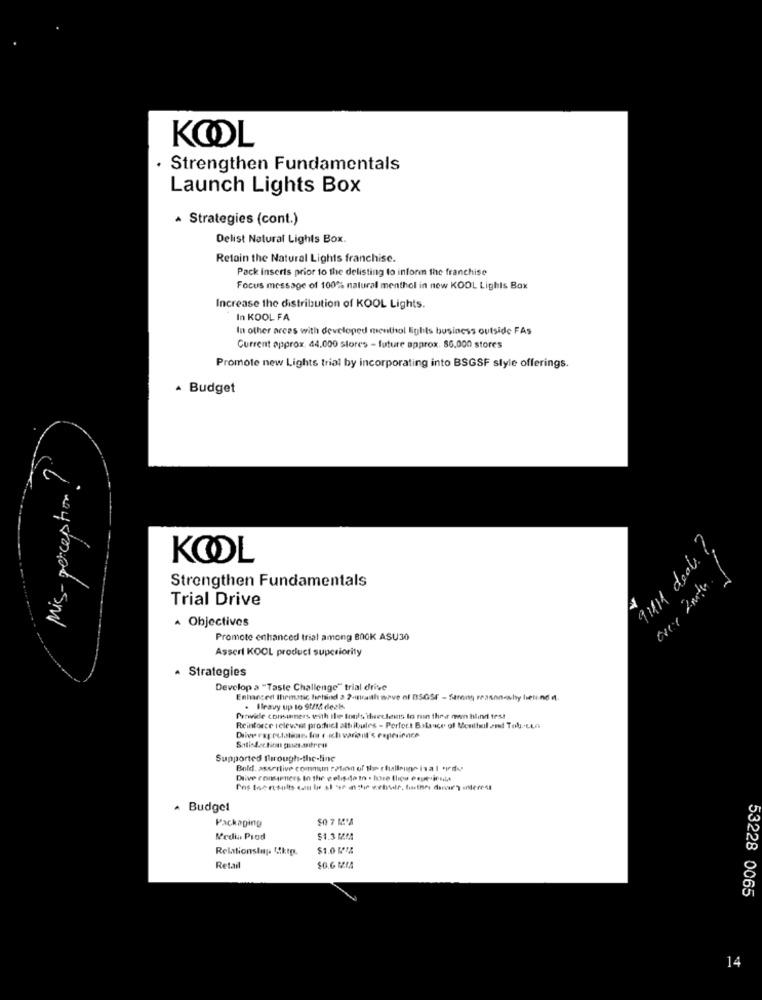
KOOL
· Strengthen Fundamentals
Launch Lights Box
Strategies (cont.)
Delist Natural Lights Box.
Retain the Natural Lights franchise.
Pack inserts prior to the delisting to inform the franchise
Focus message of 100% natural menthol in new KOOL Lights Box
Increase the distribution of KOOL Lights.
In KOOL FA
In other areas with developed menthol lights business outside FAs
Current approx. 44.000 Stores - future approx. 86,000 stores
Promote new Lights trial by incorporating into BSGSF style offerings.
· Budget
Mis-perception !
911 deal !.
KOOL
Strengthen Fundamentals
Trial Drive
A Objectives
Promote enhanced trial among BOCK ASU30
Assert KOOL product superiority
· Strategies
Develop a "Taste Challenge" trial drive
Enhanced thematic behind > 2-raith wave of DSGSE - Strong reasonswhy lieti ind .
. Hlavy up lo 9t/ dezks
Provide consumers with Ile tools inectens to nin thea mon blind test
Reinforce televest parochicl attributes - Perfect Balance of Meuthal ze Tob.Lin
Supported through-the-line
Bold, assertive comnum : ? tion of the hallring isal tedy
Dive consapners In the gelişala to . bare thea Page insta
. Budget
Packaging
Media Prod
$1.3 MM
Relationsinp Cktp.
$1.0 MP4
Retail
$6.6 MM
53228 0065
14